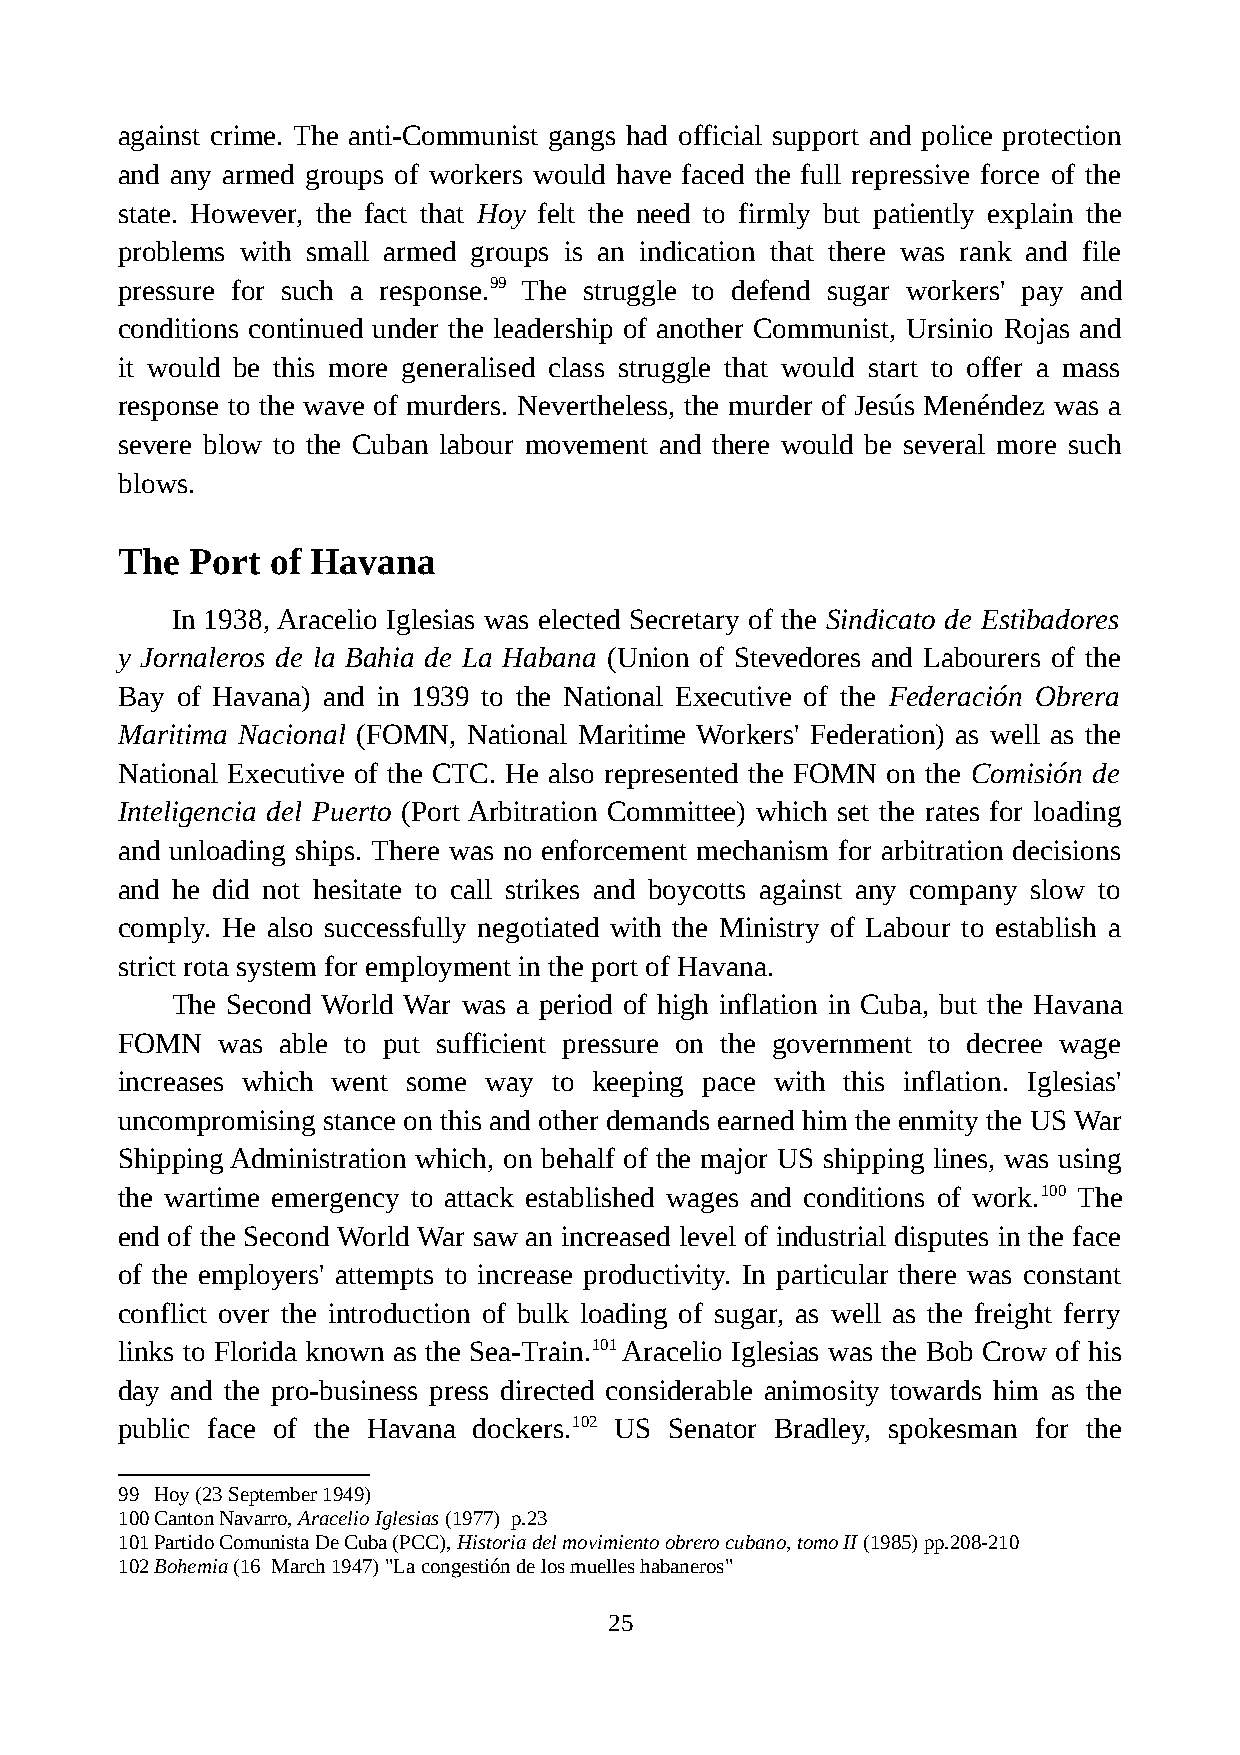
against crime. The anti-Communist gangs had official support and police protection
 and any armed groups of workers would have faced the full repressive force of the
 state. However, the fact that Hoy felt the need to firmly but patiently explain the
 problems with small armed groups is an indication that there was rank and file
 pressure for such a response.99 The struggle to defend sugar workers' pay and
 conditions continued under the leadership of another Communist, Ursinio Rojas and
 it would be this more generalised class struggle that would start to offer a mass
 response to the wave of murders. Nevertheless, the murder of Jesús Menéndez was a
 severe blow to the Cuban labour movement and there would be several more such
 blows.
 The  Port of Havana
 In 1938, Aracelio Iglesias was elected Secretary of the Sindicato de Estibadores
 y Jornaleros de la Bahia de La Habana (Union of Stevedores and Labourers of the
 Bay of Havana) and in 1939 to the National Executive of the Federación Obrera
 Maritima Nacional (FOMN, National Maritime Workers' Federation) as well as the
 National Executive of the CTC. He also represented the FOMN on the Comisión de
 Inteligencia del Puerto (Port Arbitration Committee) which set the rates for loading
 and unloading ships. There was no enforcement mechanism for arbitration decisions
 and he did not hesitate to call strikes and boycotts against any company slow to
 comply. He also successfully negotiated with the Ministry of Labour to establish a
 strict rota system for employment in the port of Havana.
 The Second World War was a period of high inflation in Cuba, but the Havana
 FOMN  was  able to put sufficient pressure on the government to decree wage
 increases which went some way to keeping pace with this inflation. Iglesias'
 uncompromising stance on this and other demands earned him the enmity the US War
 Shipping Administration which, on behalf of the major US shipping lines, was using
 the wartime emergency to attack established wages and conditions of work.100 The
 end of the Second World War saw an increased level of industrial disputes in the face
 of the employers' attempts to increase productivity. In particular there was constant
 conflict over the introduction of bulk loading of sugar, as well as the freight ferry
 links to Florida known as the Sea-Train.101 Aracelio Iglesias was the Bob Crow of his
 day and the pro-business press directed considerable animosity towards him as the
 public face of the Havana dockers.102 US Senator Bradley, spokesman for the
 99 Hoy (23 September 1949)
 100Canton Navarro, Aracelio Iglesias (1977) p.23
 101Partido Comunista De Cuba (PCC), Historia del movimiento obrero cubano, tomo II (1985) pp.208-210
 102Bohemia (16 March 1947) "La congestión de los muelles habaneros"
 25